Scottish Leaving Certificate Examination, 1958
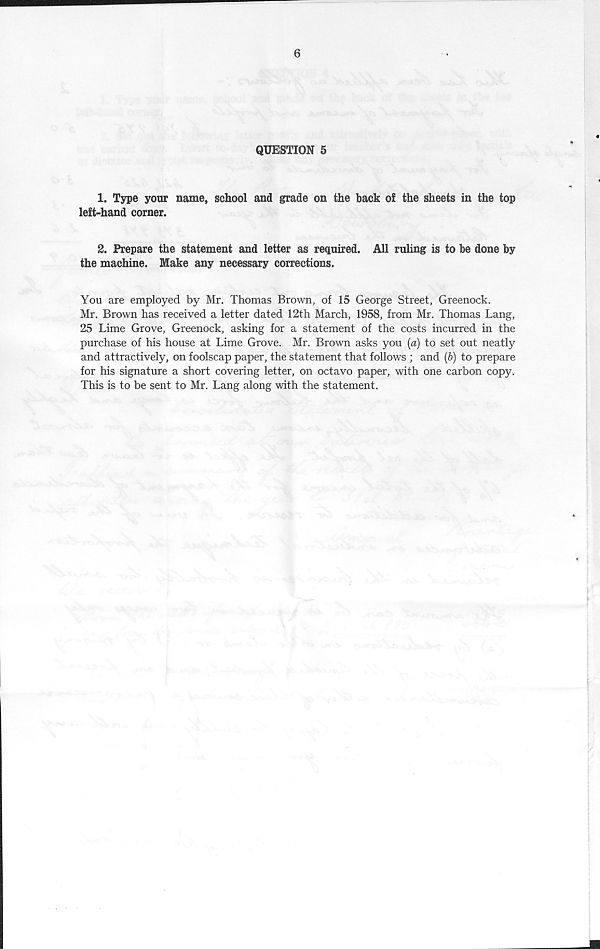
6
QUESTION 5
1. Type your name, school and grade on the hack of the sheets in the top
left-hand corner.
2. Prepare the statement and letter as required. All ruling is to he done hy
the machine. Make any necessary corrections.
You are employed by Mr. Thomas Brown, of 15 George Street, Greenock.
Mr. Brown has received a letter dated 12th March, 1958, from Mr. Thomas Lang,
25 Lime Grove, Greenock, asking for a statement of the costs incurred in the
purchase of his house at Lime Grove. Mr. Brown asks you (a) to set out neatly
and attractively, on foolscap paper, the statement that follows ; and (5) to prepare
for his signature a short covering letter, on octavo paper, with one carbon copy.
This is to be sent to Mr. Lang along with the statement.